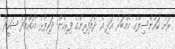
ރަށު ކައުންސިލްގެ މެމްބަރު އަދި އެ ދެމަފިރިންގެ ފިރިހެން ދަރިފުޅު މުހައްމަދު ޝަހީދު